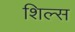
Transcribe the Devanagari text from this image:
शिल्स